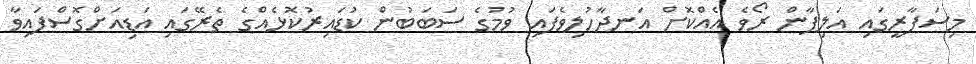
މިސަފާރީގައި އަލިފާން ރޯވެ އެއްކޮށް އަނދާހުލިވެފައި ވުމުގެ ސަބަބުން ކުޑައިރުކޮޅެއްގެ ތެރޭގައި އަޑިއަށްގޮސްފައިވާ